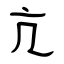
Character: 亢